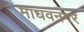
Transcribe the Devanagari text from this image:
माधवनगर